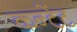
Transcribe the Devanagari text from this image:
कन्टेंट